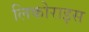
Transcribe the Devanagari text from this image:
लिकोराइस